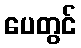
ပေတွင်